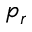
p _ { r }